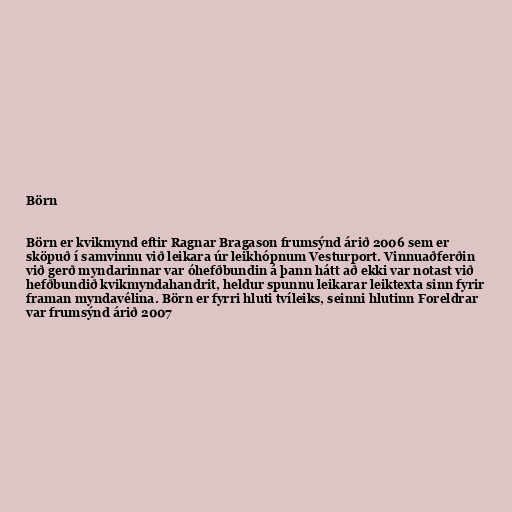
Börn

Börn er kvikmynd eftir Ragnar Bragason frumsýnd árið 2006 sem er
sköpuð í samvinnu við leikara úr leikhópnum Vesturport. Vinnuaðferðin
við gerð myndarinnar var óhefðbundin á þann hátt að ekki var notast við
hefðbundið kvikmyndahandrit, heldur spunnu leikarar leiktexta sinn fyrir
framan myndavélina. Börn er fyrri hluti tvíleiks, seinni hlutinn Foreldrar
var frumsýnd árið 2007